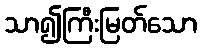
သာ၍ကြီးမြတ်သော